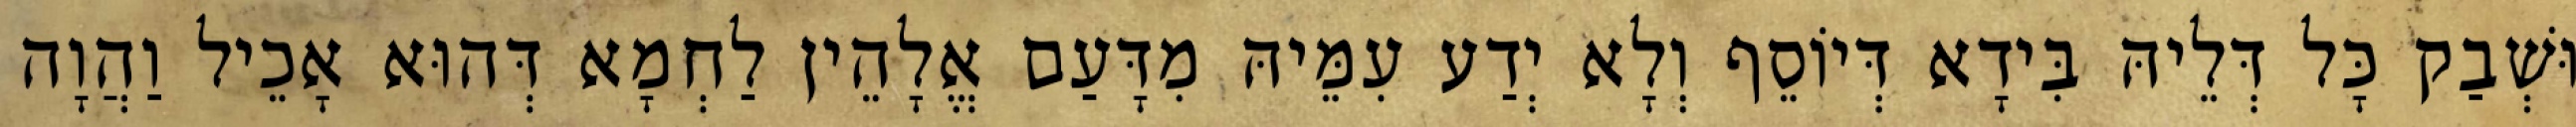
וּשְׁבַק כָּל דְּלֵיהּ בִּידָא דְּיוֹסֵף וְלָא יְדַע עִמֵּיהּ מִדָּעַם אֱלָהֵין לַחְמָא דְּהוּא אָכֵיל וַהֲוָה